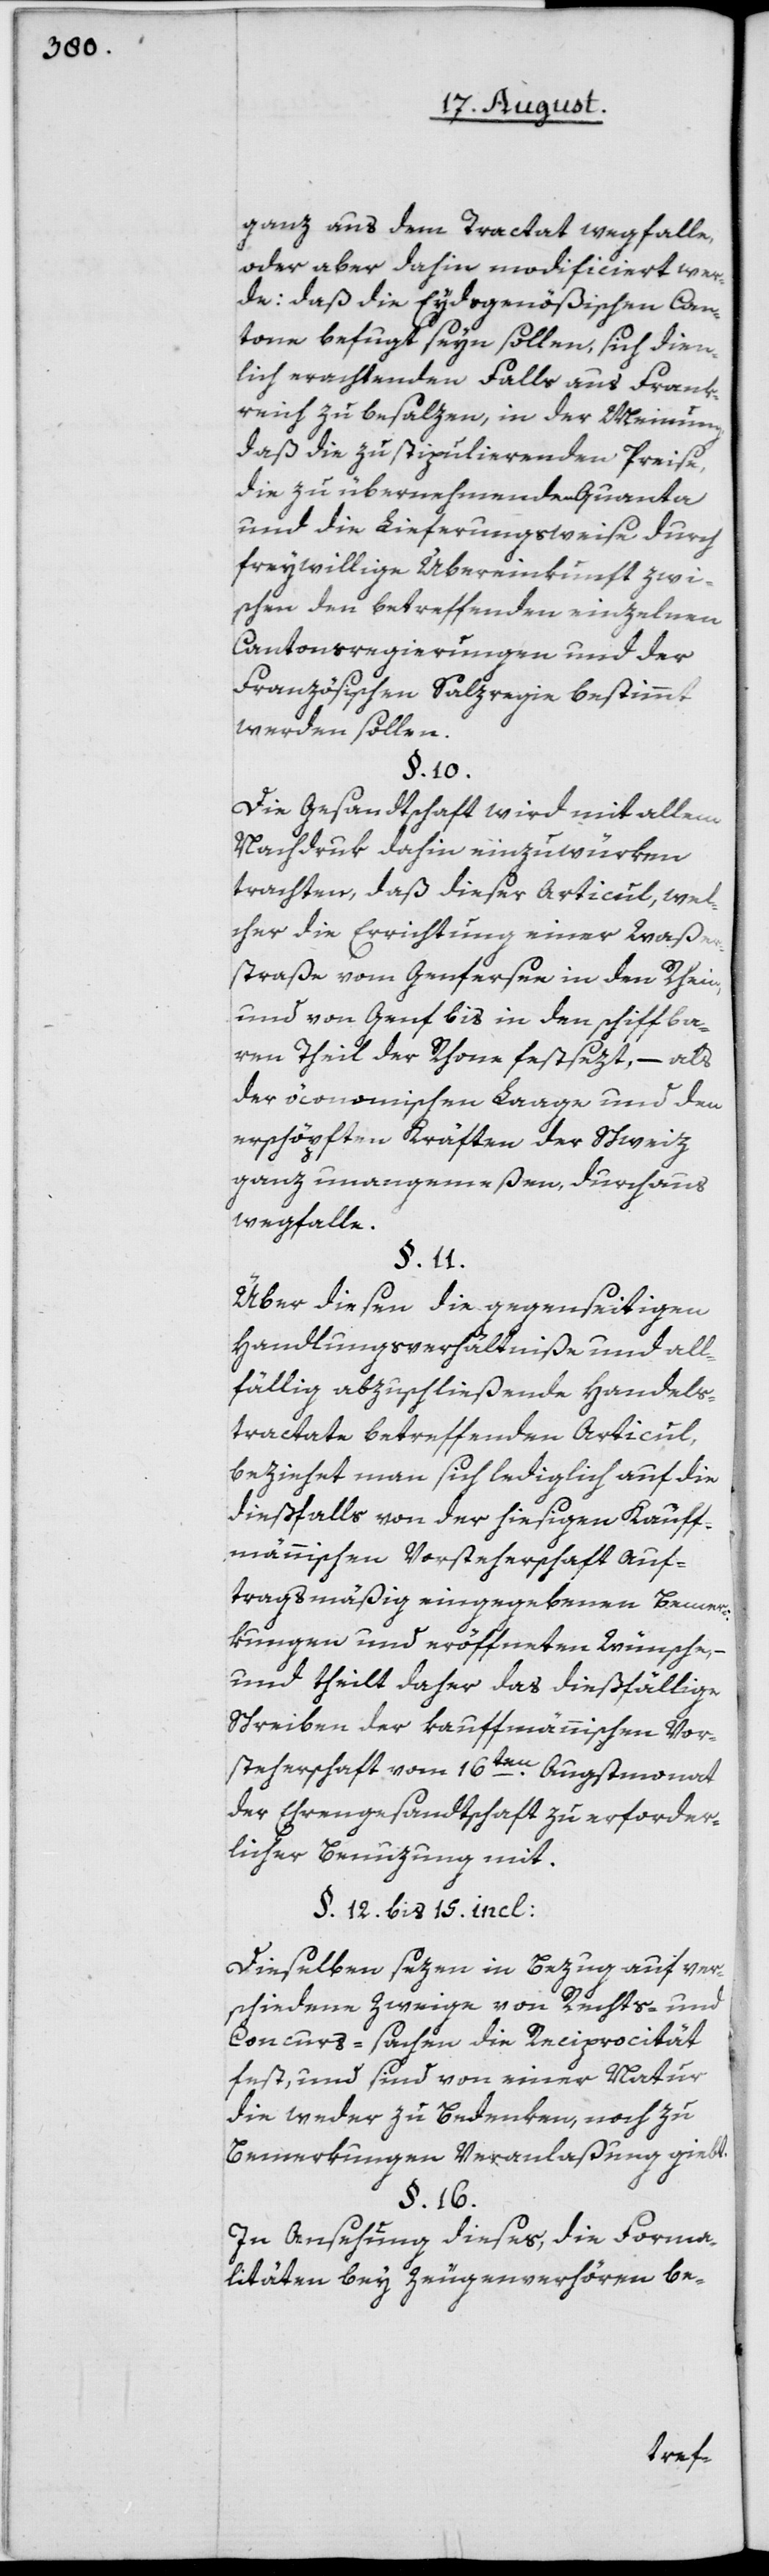
ganz aus dem Tractat wegfalle,
oder aber dahin modificiert wer¬
de: daß die Eydsgenößischen Can¬
tone befugt seyn sollen, sich dien¬
lich erachtenden Falls aus Frank¬
reich zu besalzen, in der Meinung,
daß die zu stipulierenden Preise,
die zu übernehmenden Quanta
und die Lieferungsweise durch
freywillige Übereinkunft zwi¬
schen den betreffenden einzelnen
Cantonsregierungen und der
Französischen Salzregie bestimmt
werden sollen.
§. 10.
Die Gesandtschaft wird mit allem
Nachdruk dahin einzuwürken
trachten, daß dieser Articul, wel¬
cher die Errichtung einer Waße¬
rstraße vom Genfersee in den Rhein,
und von Genf bis in den schiffba¬
ren Theil der Rhone festsezt, – als
der öconomischen Laage und den
erschöpften Kräften der Schweiz
ganz unangemeßen, durchaus
wegfalle.
§. 11.
Über diesen die gegenseitigen
Handlungsverhältniße und all¬
fällig abzuschließende Handels¬
tractate betreffenden Articul,
beziehet man sich lediglich auf die
dießfalls von der hiesigen Kauf¬
männischen Vorsteherschaft auf¬
tragsmäßig eingegebenen Bemer¬
kungen und eröffneten Wünsche,
und theilt daher das dießfällige
Schreiben der kauffmännischen Vor¬
steherschaft vom 16ten Augstmonat
der Ehrengesandtschaft zu erforder¬
licher Benuzung mit.
§. 12. bis 15. incl:
Dieselben sezen in Bezug auf ver¬
schiedene Zweige von Rechts- und
Concurs-sachen die Reciprocität
fest, und sind von einer Natur
die weder zu Bedenken, noch zu
Bemerkungen Veranlaßung giebt.
§. 16.
In Ansehung dieses, die Forma¬
litäten bey Zeugenverhören be-